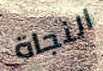
النجاة